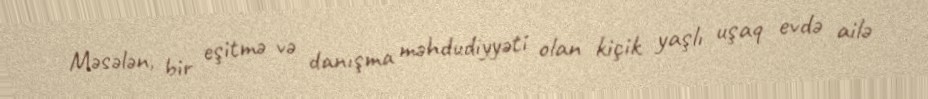
Məsələn, bir eşitmə və danışma məhdudiyyəti olan kiçik yaşlı uşaq evdə ailə